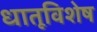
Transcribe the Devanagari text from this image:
धातूविशेष